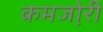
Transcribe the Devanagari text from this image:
कमजो़री